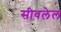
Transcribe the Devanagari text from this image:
सीवलेल